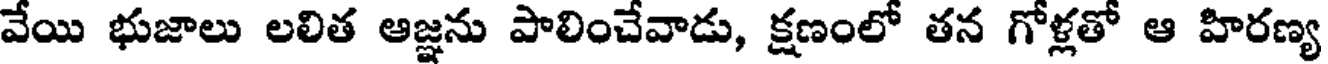
వేయి భుజాలు లలిత ఆజ్ఞను పాలించేవాడు, క్షణంలో తన గోళ్లతో ఆ హిరణ్య